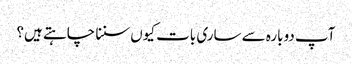
‏ آپ دوبارہ سے ساری بات کیوں سننا چاہتے ہیں؟